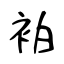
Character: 袙